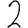
Digit: 2